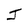
Character: J